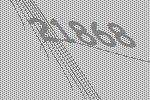
21868